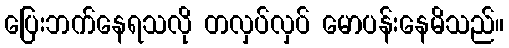
ပြေးဘက်နေရသလို တလှပ်လှပ် မောပန်းနေမိသည်။